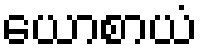
ယောစာယံ